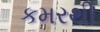
કમરથી